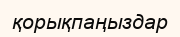
қорықпаңыздар